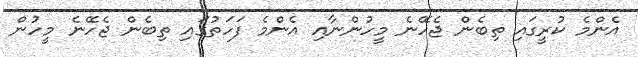
އެންމެ ކުރީގައި ތިބެން ޖެހޭނެ މީހުންނާއި އެންމެ ފަހަތުގައި ތިބެން ޖެހޭނެ މީހުން